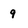
Character: 9